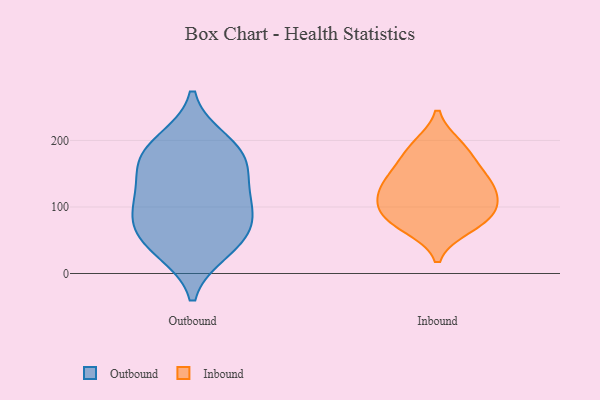
{"axis": {"x": "Waste Production (Tons)", "y": "Value"}, "legend": ["Inbound", "Outbound"], "data": [{"x": "", "y": 198, "type": "Outbound"}, {"x": "", "y": 46, "type": "Outbound"}, {"x": "", "y": 110, "type": "Outbound"}, {"x": "", "y": 35, "type": "Outbound"}, {"x": "", "y": 177, "type": "Outbound"}, {"x": "", "y": 180, "type": "Outbound"}, {"x": "", "y": 84, "type": "Outbound"}, {"x": "", "y": 58, "type": "Outbound"}, {"x": "", "y": 92, "type": "Outbound"}, {"x": "", "y": 129, "type": "Outbound"}, {"x": "", "y": 160, "type": "Outbound"}, {"x": "", "y": 78, "type": "Inbound"}, {"x": "", "y": 160, "type": "Inbound"}, {"x": "", "y": 187, "type": "Inbound"}, {"x": "", "y": 192, "type": "Inbound"}, {"x": "", "y": 147, "type": "Inbound"}, {"x": "", "y": 85, "type": "Inbound"}, {"x": "", "y": 70, "type": "Inbound"}, {"x": "", "y": 121, "type": "Inbound"}, {"x": "", "y": 91, "type": "Inbound"}, {"x": "", "y": 106, "type": "Inbound"}, {"x": "", "y": 133, "type": "Inbound"}, {"x": "", "y": 125, "type": "Inbound"}]}